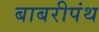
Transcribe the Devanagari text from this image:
बाबरीपंथ